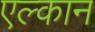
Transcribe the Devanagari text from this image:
एल्कान